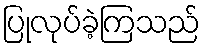
ပြုလုပ်ခဲ့ကြသည်